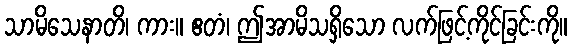
သာမိသေနာတိ၊ ကား။ ဧတံ၊ ဤအာမိသရှိသော လက်ဖြင့်ကိုင်ခြင်းကို။